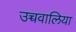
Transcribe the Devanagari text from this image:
उच्चवालिया